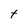
Character: t